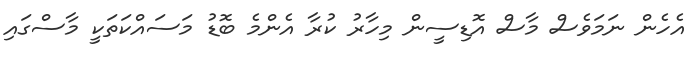
އެހެން ނަމަވެސް މާސް އޮޑިސީން މިހާރު ކުރާ އެންމެ ބޮޑު މަސައްކަތަކީ މާސްގައި